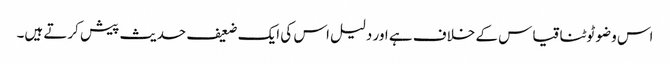
اس وضو ٹوٹنا قیاس کے خلاف ہے اور دلیل اس کی ایک ضعیف حدیث پیش کرتے ہیں۔